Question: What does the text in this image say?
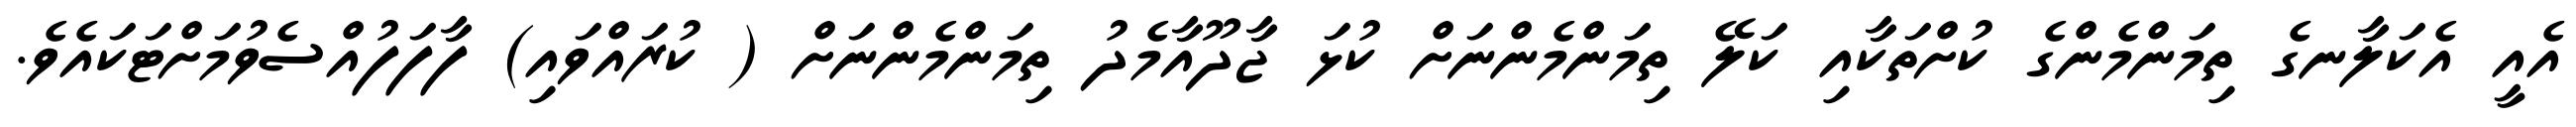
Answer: އެއީ އެކަލާނގެ ތިމަންމެންގެ ކުށްތަކާއި ކަލޭ ތިމަންމެންނަށް ކުޅަ ޖާދޫއާމެދު ތިމަންމެންނަށް ( ކުރައްވައި) ފާފަފުއްސެވުމަށްޓަކައެވެ.